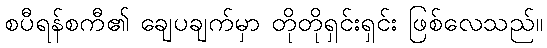
စပီရန်စကီ၏ ချေပချက်မှာ တိုတိုရှင်းရှင်း ဖြစ်လေသည်။